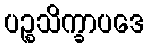
ပဉ္စသိက္ခာပဒေ